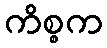
ကိစ္စက